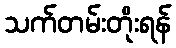
သက်တမ်းတိုးရန်